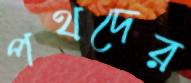
পথদের